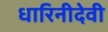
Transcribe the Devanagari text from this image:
धारिनीदेवी